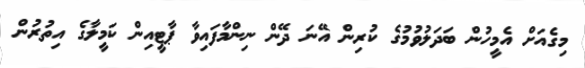
މިގެއަށް އެމީހުން ބަދަލުވުމުގެ ކުރިން އޭނަ ދޭން ނިންމާފައިވާ ޕާޓީއިން ކަމީލާގެ އިތުރުން